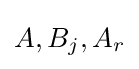
A,B_{j},A_{r}